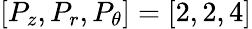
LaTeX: [P_{z},P_{r},P_{\theta}]=[2,2,4]